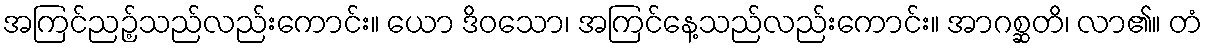
အကြင်ညဉ့်သည်လည်းကောင်း။ ယော ဒိဝသော၊ အကြင်နေ့သည်လည်းကောင်း။ အာဂစ္ဆတိ၊ လာ၏။ တံ